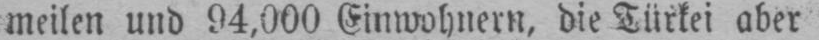
meilen und 94,000 Einwohnern, die Türkei aber